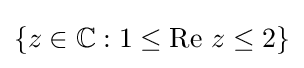
\{z\in \mathbb {C} :1\leq \operatorname {Re} \,z\leq 2\}